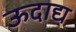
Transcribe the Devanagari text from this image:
ऊदाद्य